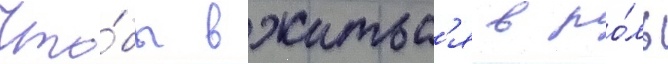
Что́бы вжитьс'я в ро́ль